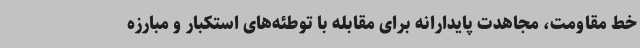
خط مقاومت، مجاهدت پایدارانه برای مقابله با توطئه‌های استکبار و مبارزه